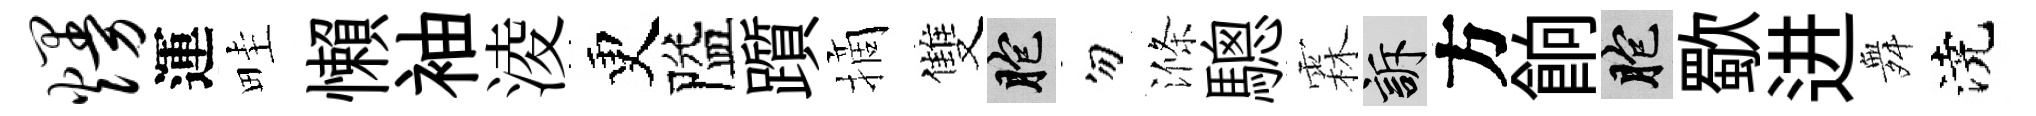
熳運畦懶袖淩更隘躓摘雙胞勿滌驄霖訴方餉胞歜进舞澆